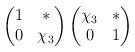
LaTeX: \begin{align*} \begin{pmatrix} 1 & * \\ 0 & \chi_3 \end{pmatrix} \begin{pmatrix} \chi_3 & * \\ 0 & 1 \end{pmatrix} \end{align*}